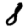
Digit: 8